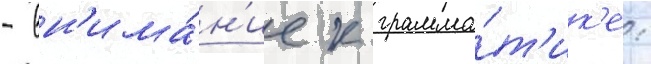
- вн'има́н'ие к грамма́т'ик'е: